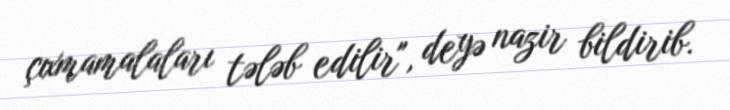
çıxmamalaları tələb edilir", deyə nazir bildirib.